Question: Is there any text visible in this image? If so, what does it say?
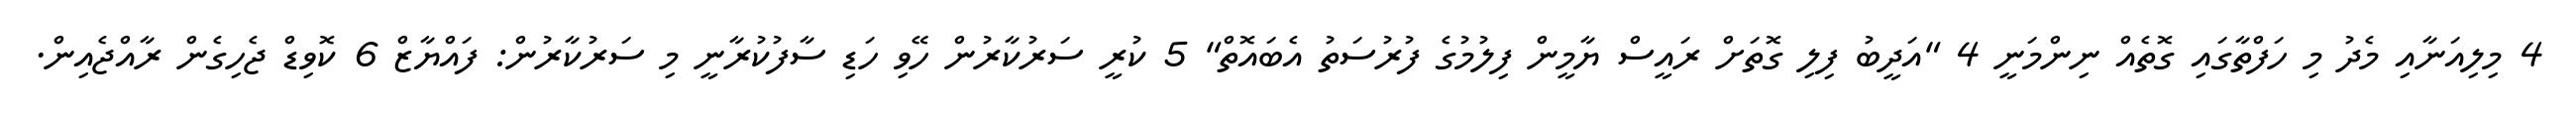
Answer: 4 މިލިއަނާއި މެދު މި ހަފްތާގައި ގޮތެއް ނިންމަނީ 4 "އަދީބު ފިލި ގޮތަށް ރައީސް ޔާމީން ފިލުމުގެ ފުރުސަތު އެބައޮތް" 5 ކުރީ ސަރުކާރުން ހޭވި ހަޑި ސާފުކުރާނީ މި ސަރުކާރުން: ފައްޔާޒް 6 ކޮވިޑް ޖެހިގެން ރާއްޖެއިން.